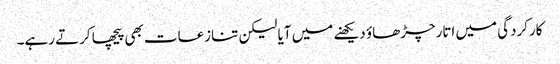
کارکردگی میں اتارچڑھاؤ دیکھنے میں آیا لیکن تنازعات بھی پیچھا کرتے رہے۔